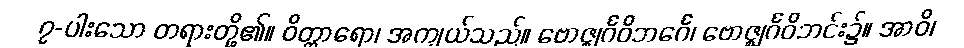
၇-ပါးသော တရားတို့၏။ ဝိတ္ထာရော၊ အကျယ်သည်။ ဗောဇ္ဈင်္ဂဝိဘင်္ဂေ၊ ဗောဇ္ဈင်္ဂဝိဘင်း၌။ အာဝိ၊